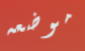
موضعه